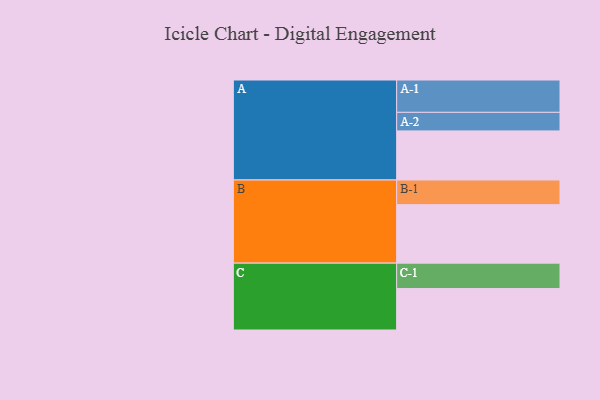
{"axis": {"x": "Segment", "y": "Value"}, "legend": ["", "A", "B", "C"], "data": [{"x": "A", "y": 443, "type": ""}, {"x": "B", "y": 528, "type": ""}, {"x": "C", "y": 374, "type": ""}, {"x": "A-1", "y": 292, "type": "A"}, {"x": "A-2", "y": 168, "type": "A"}, {"x": "B-1", "y": 223, "type": "B"}, {"x": "C-1", "y": 230, "type": "C"}]}